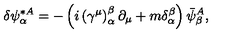
\delta \psi _ { \alpha } ^ { * A } = - \left( i \left( \gamma ^ { \mu } \right) _ { \alpha } ^ { \beta } \partial _ { \mu } + m \delta _ { \alpha } ^ { \beta } \right) \bar { \psi } _ { \beta } ^ { A } ,